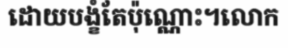
ដោយបង្ខំតែប៉ុណ្ណោះ។លោក